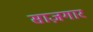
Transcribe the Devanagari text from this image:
साज़गार